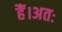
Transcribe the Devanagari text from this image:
हैं।अतः